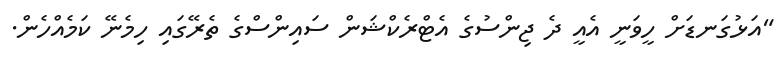
"އަޅުގަނޑަށް ހީވަނީ އެއީ ދެ ޖިންސުގެ އެޓްރެކްޝަން ސައިންސްގެ ތެރޭގައި ހިމެނޭ ކަމެއްހެން.